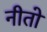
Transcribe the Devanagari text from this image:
नीतो